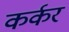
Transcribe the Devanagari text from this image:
कर्कर